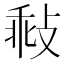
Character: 㪓